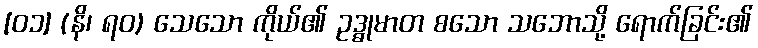
[၀၁] (နိ၊ ရဝ) သေသော ကိုယ်၏ ဥဒ္ဓုမာတ စသော သဘောသို့ ရောက်ခြင်း၏